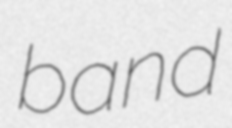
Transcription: band